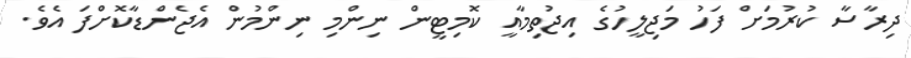
ދިރާސާ ކުރުމަށް ފަހު މަޖިލީހުގެ އިޖުތިމާއީ ކޮމިޓީން ނިންމި ނިންމުން އެޖެންޑާާކޮށްފަ އެވެ.